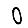
Digit: 0